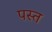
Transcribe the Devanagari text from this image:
पस्‍त